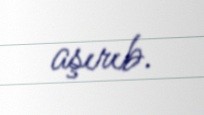
aşırıb.